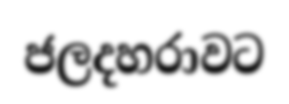
ජලදහරාවට